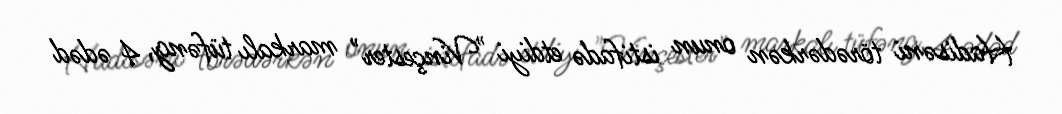
Hadisəni törədərkən onun istifadə etdiyi "Vinçester" markalı tüfəng, 4 ədəd